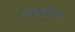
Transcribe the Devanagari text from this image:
स्वनसंघटना